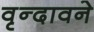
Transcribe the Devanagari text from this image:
वृन्दावने